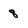
Character: 8